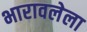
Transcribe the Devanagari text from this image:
भारावलेला